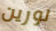
لورين